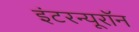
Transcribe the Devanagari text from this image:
इंटरन्यूरॉन